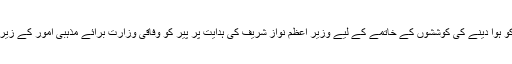
اِسی سلسلے میں، ملک میں تفرقہ بازی، انتشار، نفرت و دشمنی کو ہوا دینے کی کوششوں کے خاتمے کے لیے وزیر اعظم نواز شریف کی ہدایت پر پیر کو وفاقی وزارت برائے مذہبی اُمور کے زیر انتظام قومی علما و مشائخ کونسل کا خصوصی اجلاس منعقد ہوا۔